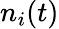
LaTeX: n_{i}(t)